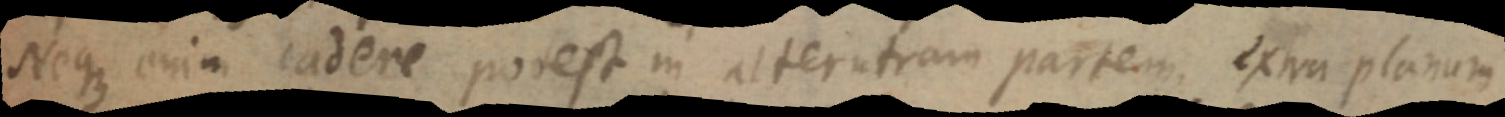
Neque enim cadere potest in alterutram partem. extra planum